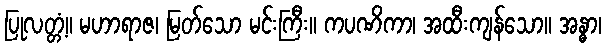
ပြုလတ္တံ့။ မဟာရာဇ၊ မြတ်သော မင်းကြီး။ ကပဏိကာ၊ အထီးကျန်သော။ အန္ဓာ၊